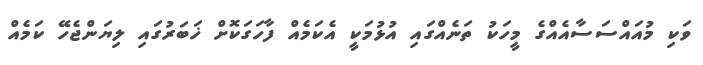
ވަކި މުއައްސަސާއެއްގެ މީހަކު ތަނެއްގައި އުޅުމަކީ އެކަމެއް ފާހަގަކޮށް ޚަބަރުގައި ލިޔަންޖެހޭ ކަމެއް